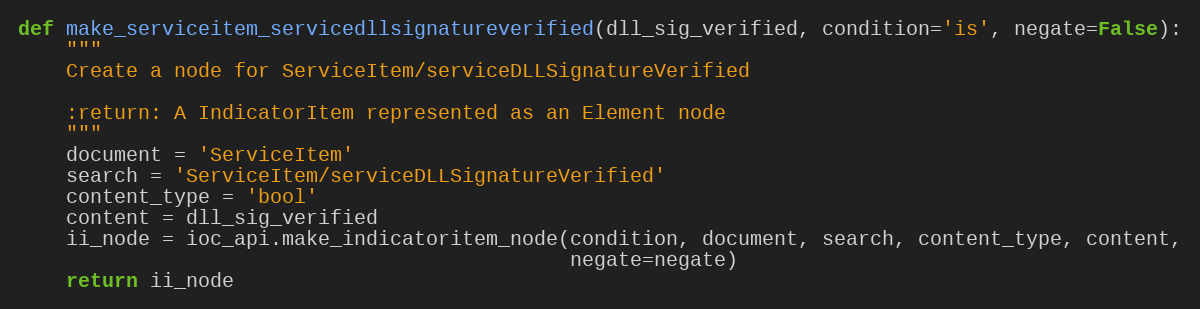
Language: Python
def make_serviceitem_servicedllsignatureverified(dll_sig_verified, condition='is', negate=False):
    """
    Create a node for ServiceItem/serviceDLLSignatureVerified

    :return: A IndicatorItem represented as an Element node
    """
    document = 'ServiceItem'
    search = 'ServiceItem/serviceDLLSignatureVerified'
    content_type = 'bool'
    content = dll_sig_verified
    ii_node = ioc_api.make_indicatoritem_node(condition, document, search, content_type, content,
                                              negate=negate)
    return ii_node